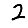
Digit: 2